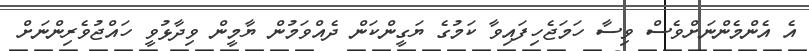
އެ އެންމެންނަށްވެސް ވިސާ ހަމަޖެހިފައިވާ ކަމުގެ ޔަގީންކަން ދެއްވަމުން ޔާމީން ވިދާޅުވީ ހައްޖުވެރިންނަށް